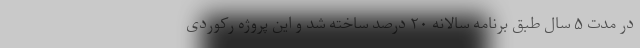
در مدت ۵ سال طبق برنامه سالانه ۲۰ درصد ساخته شد و این پروژه رکوردی